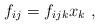
LaTeX: \begin{align*}f_{ij}=f_{ijk}x_k\ , \end{align*}